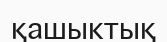
қашыктық